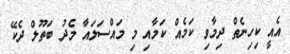
އެއީ ކިހިނެތް ދިމާވި ކަމެއް ކަމާއި މި މައްސަލައާ މެދު ބަތޫލް ދެކޭ